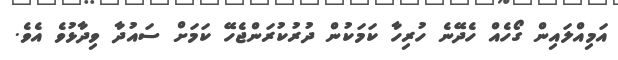
އަމިއްލައިން ގޯހެއް ހެދޭނެ ހުރިހާ ކަމަކުން ދުރުކުރަންޖެހޭ ކަމަށް ސައުދާ ވިދާޅުވެ އެވެ.